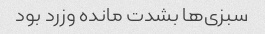
سبزی‌ها بشدت مانده وزرد بود